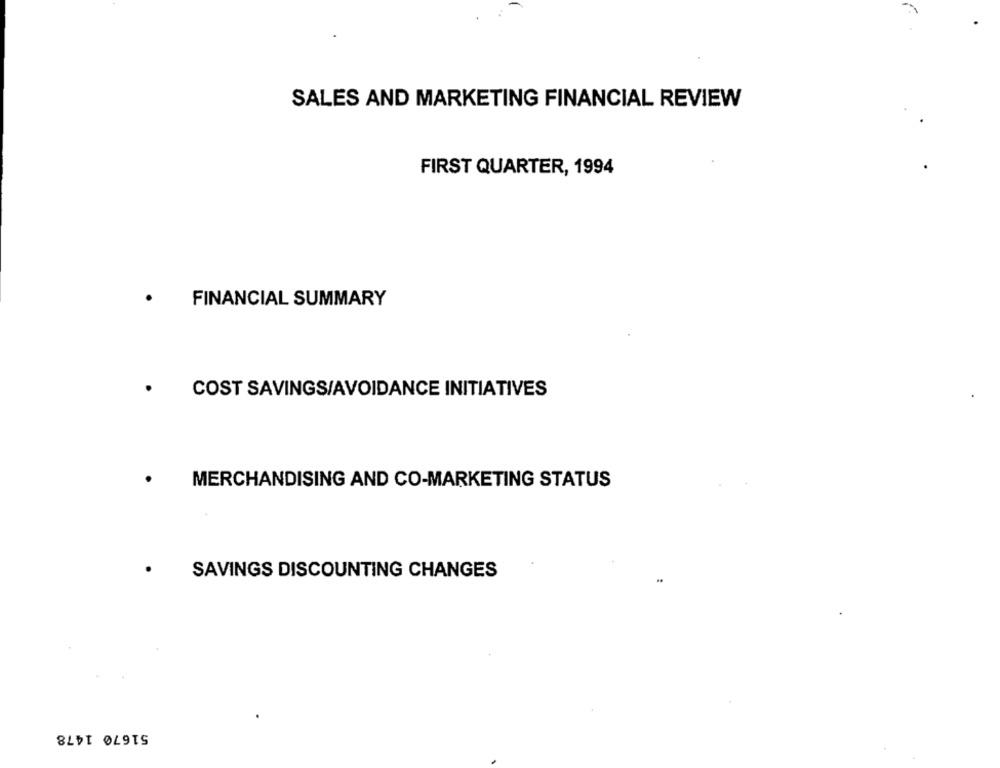
SALES AND MARKETING FINANCIAL REVIEW
FIRST QUARTER, 1994
FINANCIAL SUMMARY
COST SAVINGS/AVOIDANCE INITIATIVES
.
MERCHANDISING AND CO-MARKETING STATUS
SAVINGS DISCOUNTING CHANGES
51670 1478